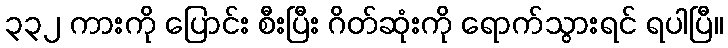
၃၃၂ ကားကို ပြောင်း စီးပြီး ဂိတ်ဆုံးကို ရောက်သွားရင် ရပါပြီ။